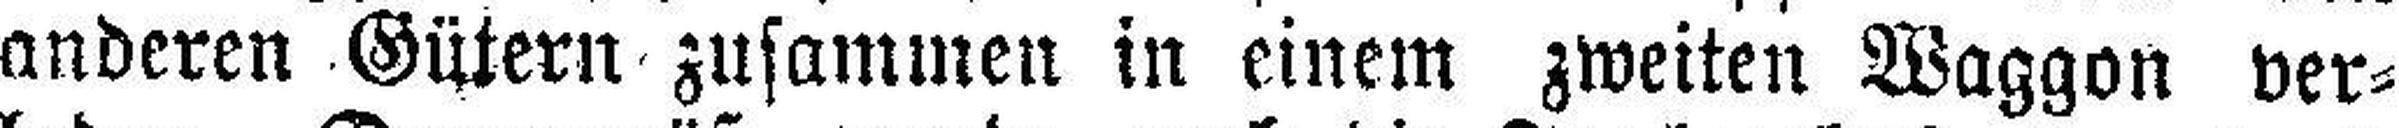
anderen Gütern zusammen in einem zweiten Waggon ver¬